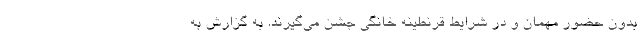
بدون حضور مهمان و در شرایط قرنطینه خانگی جشن می‌گیرند. به گزارش به